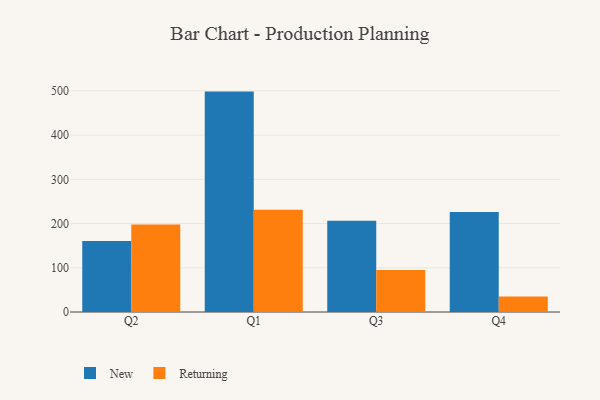
{"axis": {"x": "Quarter", "y": "Revenue (USD Million)"}, "legend": ["New", "Returning"], "data": [{"x": "Q2", "y": 160.4, "type": "New"}, {"x": "Q2", "y": 197.8, "type": "Returning"}, {"x": "Q1", "y": 498.4, "type": "New"}, {"x": "Q1", "y": 231.0, "type": "Returning"}, {"x": "Q3", "y": 206.6, "type": "New"}, {"x": "Q3", "y": 94.9, "type": "Returning"}, {"x": "Q4", "y": 226.2, "type": "New"}, {"x": "Q4", "y": 34.9, "type": "Returning"}]}